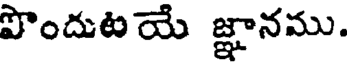
పొందుటయే జ్ఞానము.